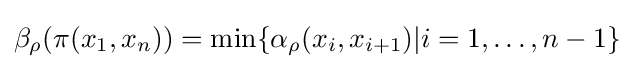
\beta _{\rho }(\pi (x_{1},x_{n}))=\min\{\alpha _{\rho }(x_{i},x_{i+1})|i=1,\ldots ,n-1\}